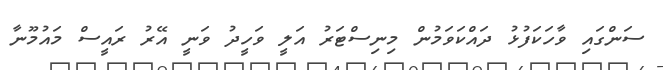
ސަންގައި ވާހަކަފުޅު ދައްކަވަމުން މިނިސްޓަރު އަލީ ވަހީދު ވަނީ އޭރު ރައީސް މައުމޫނާ